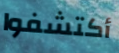
أكتشفوا